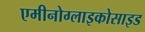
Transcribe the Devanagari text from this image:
एमीनोग्लाइकोसाइड